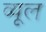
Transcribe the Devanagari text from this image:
व्यूल